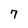
Character: 7